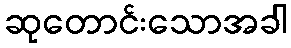
ဆုတောင်းသောအခါ